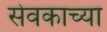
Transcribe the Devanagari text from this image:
सेवकाच्या